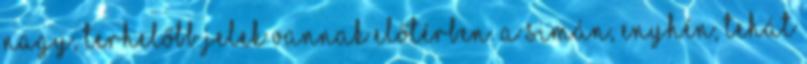
nagy, terhelőbb jelek vannak előtérben. A simán, enyhén, tehát